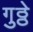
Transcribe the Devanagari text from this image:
गुठ्ठे